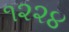
૧૨૨૪